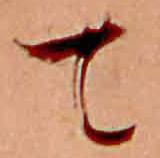
て